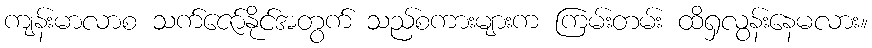
ကျန်းမာလာစ သက်ဇော်နိုင်အတွက် သည်စကားများက ကြမ်းတမ်း ထိရှလွန်းနေမလား။